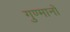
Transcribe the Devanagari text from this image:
गुण्मानों